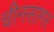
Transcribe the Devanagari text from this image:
चीनसागर